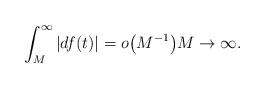
LaTeX: \begin{align*}\int_M^\infty |df(t)| =o\big(M^{-1}\big) M\to \infty.\end{align*}